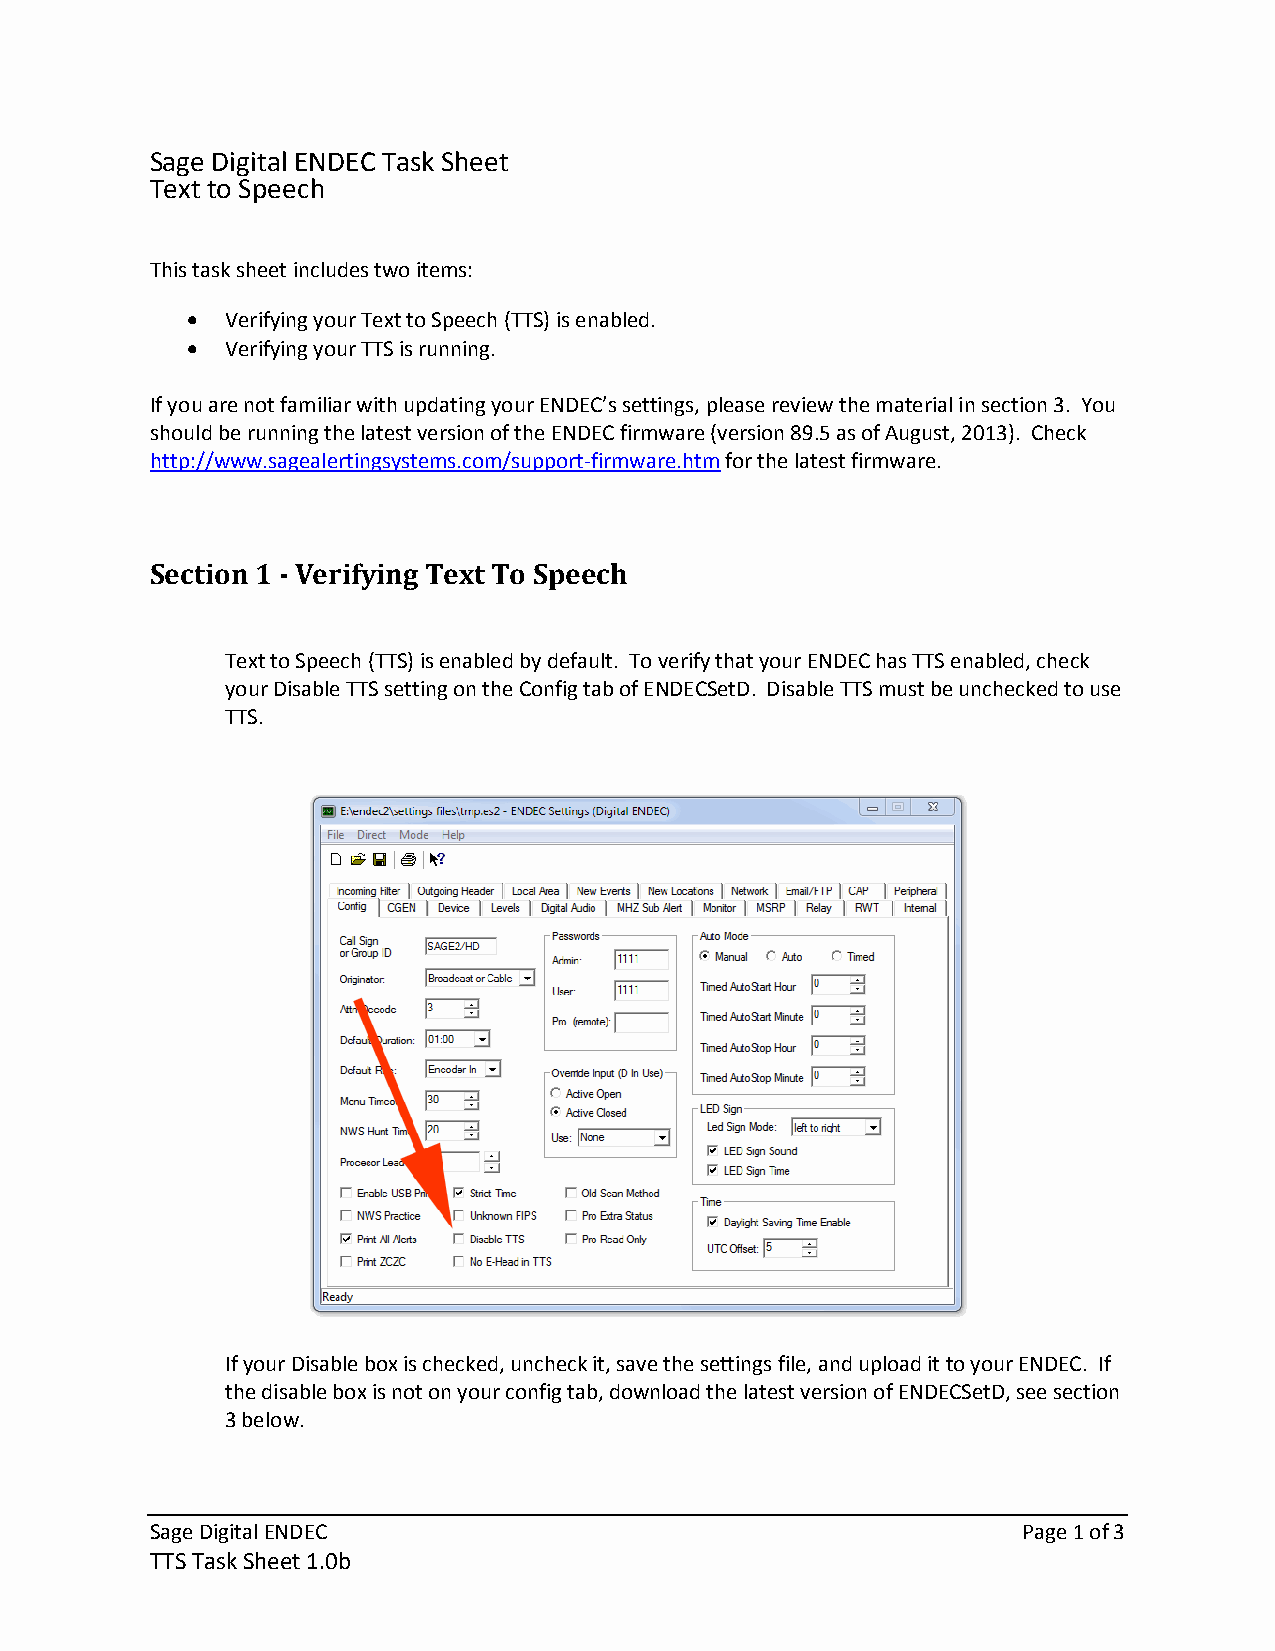
Sage Digital ENDEC Task Sheet
 Text to Speech
 This task sheet includes two items:
 •  Verifying your Text to Speech (TTS) is enabled.
 •  Verifying your TTS is running.
 If you are not familiar with updating your ENDEC’s settings, please review the material in section 3. You
 should be running the latest version of the ENDEC firmware (version 89.5 as of August, 2013). Check
 http://www.sagealertingsystems.com/support-firmware.htm for the latest firmware.
 Section 1 - Verifying Text To Speech
 Text to Speech (TTS) is enabled by default. To verify that your ENDEC has TTS enabled, check
 your Disable TTS setting on the Config tab of ENDECSetD. Disable TTS must be unchecked to use
 TTS.
 If your Disable box is checked, uncheck it, save the settings file, and upload it to your ENDEC. If
 the disable box is not on your config tab, download the latest version of ENDECSetD, see section
 3 below.
 Sage Digital ENDEC                                        Page 1 of 3
 TTS Task Sheet 1.0b